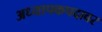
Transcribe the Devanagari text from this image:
अध्यापकपदावर